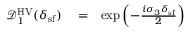
\begin{array} { r l r } { \mathcal { D } _ { 1 } ^ { \mathrm { H V } } ( \delta _ { \mathrm { s f } } ) } & { { } = } & { \exp \left( - \frac { i \sigma _ { 3 } \delta _ { \mathrm { s f } } } { 2 } \right) } \end{array}